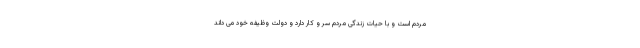
مردم است و با حیات زندگی مردم سر و کار دارد و دولت وظیفه خود می داند